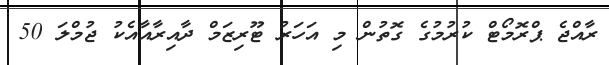
ރާއްޖެ ޕްރޮމޯޓް ކުރުމުގެ ގޮތުން މި އަހަރު ޓޫރިޒަމް ދާއިރާއާއެކު ޖުމްލަ 50